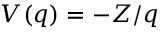
V ( q ) = - Z / q